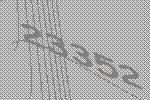
23352